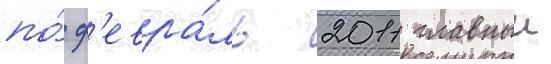
по́ ф'евра́ль 2011 главныи